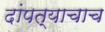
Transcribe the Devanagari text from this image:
दांपत्याचाच